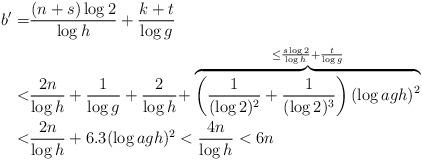
LaTeX: \begin{align*}b'=& \frac{(n+s)\log 2}{\log h}+\frac{k+t}{\log g}\\<&\frac{2n}{\log h}+\frac 1{\log g}+\frac 2{\log h}+\stackrel{\leq \frac {s\log 2}{\log h}+\frac t{\log g}}{\overbrace{\left(\frac 1{(\log 2)^2}+\frac 1{(\log2)^3}\right)(\log agh)^2}}\\<&\frac{2n}{\log h}+6.3(\log agh)^2<\frac {4n}{\log h}<6n\end{align*}